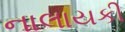
નાલાયકી